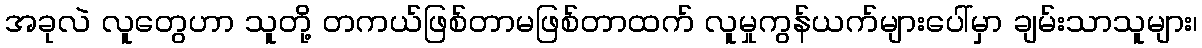
အခုလဲ လူတွေဟာ သူတို့ တကယ်ဖြစ်တာမဖြစ်တာထက် လူမှုကွန်ယက်များပေါ်မှာ ချမ်းသာသူများ၊